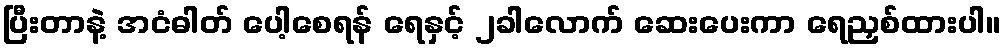
ပြီးတာနဲ့ အငံဓါတ် ပေါ့စေရန် ရေနှင့် ၂ခါလောက် ဆေးပေးကာ ရေညှစ်ထားပါ။